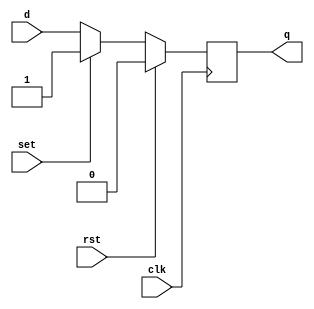
module d_ff_reset_set (
    input wire clk,
    input wire rst,
    input wire set,
    input wire d,
    output reg q
);

always @(posedge clk) begin
    if (rst)
        q <= 0; // Predefined reset value
    else if (set)
        q <= 1; // Predefined set value
    else
        q <= d; // Store input data on rising edge of clock
end

endmodule